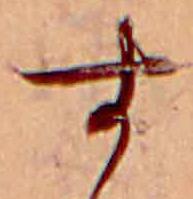
す